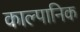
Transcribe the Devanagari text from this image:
काल्पानिक